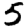
Digit: 5